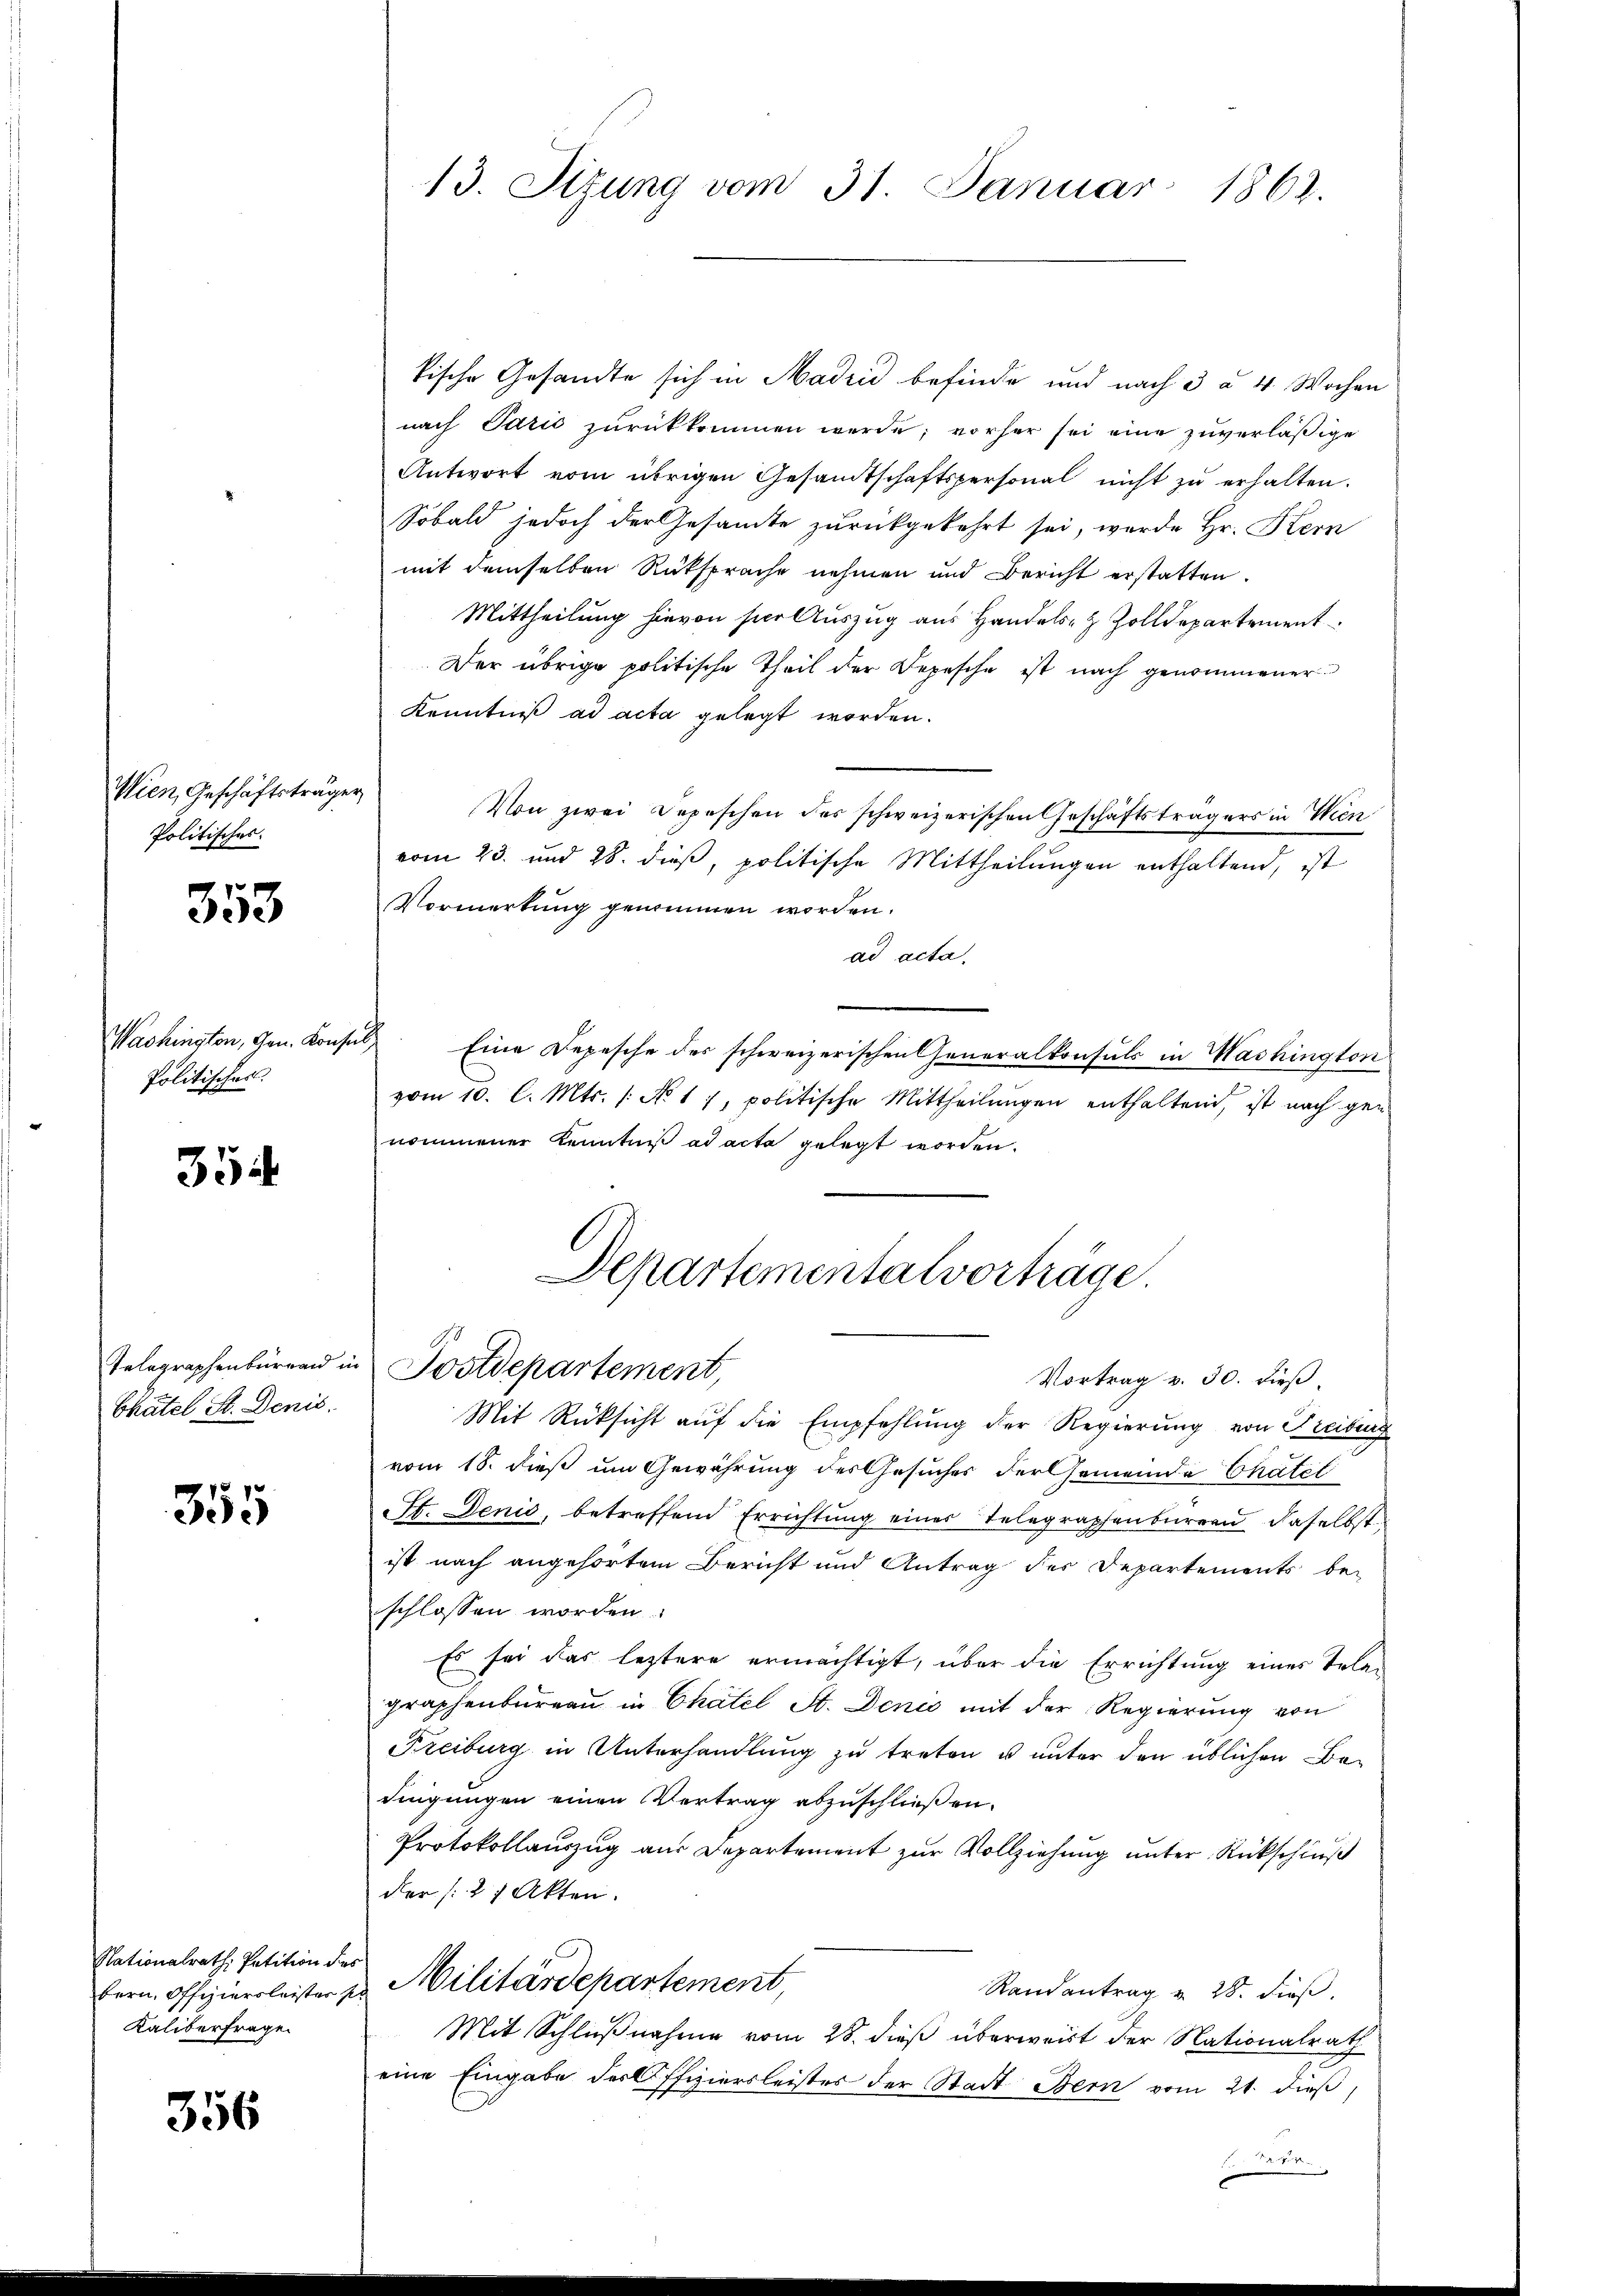
Wien, Geschäftsträgen
Politisches.

353

Washington, Gen. Konse
Politisches.

354

Chatel St. Denis

355

Nationalrath Petition des
bern. Offiziersleister s
Kaliberfrage

356

13. Sizung vom 31. Januar 1862.

tische Gesandte sich in Madrid befinde und nach 3 à 4 Wochen
nach Parić zurückkommen werde; vorher sei eine zuverläßige
Antwort vom übrigen Gesandtschaftspersonal nicht zu erhalten.
Sobald jedoch der Gesamte zurückgekehrt sei, wurde Hr. Hern
mit demselben Rüksprache nehmen und Bericht erstatten.
Mittheilung hievon hier Auszug aus Handels- & Zolldepartement
Der übrige politische Theil der Depesche ist nach genommener
Kenntniß ad acta gelegt worden.
Von zwei Depeschen des schweizerischen Geschäftsträgers in Wien
vom 23. und 28. dieß, politische Mittheilungen enthaltend, ist
Vormerkung genommen worden.
ad acta,
i
Eine Depesche des schweizerischen Generalkonsuls in Washington
vom 10. l. Mts. /: No 17, politische Mittheilungen enthaltend, ist nach gen
nommener Kenntniß ad acta gelegt worden.
Departementalvorträge.
Telegraphenbürgend in Postdepartement,
Vortrag v. 30. dieß¬
Mit Rücksicht auf die Empfehlung der Regierung von Freiburg
vom 18. dieß um Gewährung des Gesuches der Gemeinde Chatel
St. Denis, betreffend Errichtung eines Telegraphenbureau daselbst
ist nach angehörtem Bericht und Antrag des Departements be-
schlossen worden.
Es sei das leztere ermächtigt, über die Errichtung eines Tola-
graphenburgau in Chatel St. Denić mit der Regierung von
reiburg in Unterhandlung zu treten u unter den üblichen Bedingungen einen Vertrag abzuschließen.
Protokollauszug aus Departement zur Vollziehung unter Rückschluß
der (27 Akten.
Militärdepartement
Randantrag v. 28. dieß.
Mit Schlŭβnahme vom 28. dieß überweist der Nationalrath
eine Eingabe der Offiziersleistes der Stadt Bern vom 21. dieß,